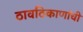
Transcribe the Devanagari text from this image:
ठावठिकाणांची